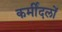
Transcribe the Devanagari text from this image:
कर्मीदलों